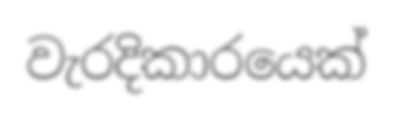
වැරදිකාරයෙක්